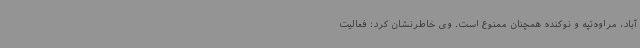
‌آباد، مراوه‌تپه و نوکنده همچنان ممنوع است. وی خاطرنشان کرد: فعالیت